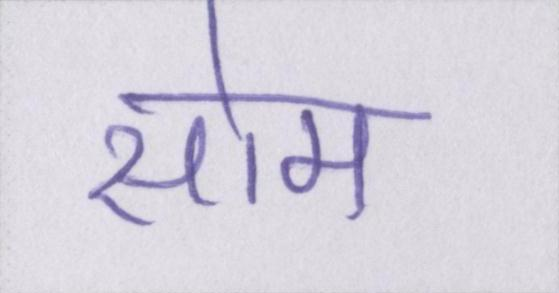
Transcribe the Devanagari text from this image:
सोम